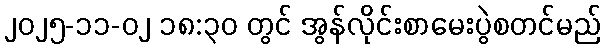
၂၀၂၅-၁၁-၀၂ ၁၈:၃၀ တွင် အွန်လိုင်းစာမေးပွဲစတင်မည်